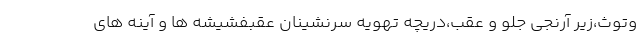
وتوث،زیر آرنجی جلو و عقب،دریچه تهویه سرنشینان عقبفشیشه ها و آینه های